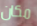
مكان